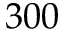
3 0 0